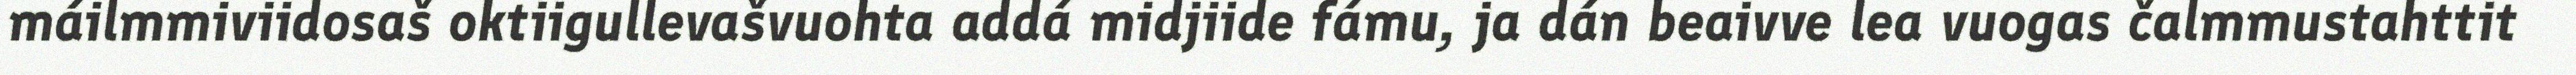
máilmmiviidosaš oktiigullevašvuohta addá midjiide fámu, ja dán beaivve lea vuogas čalmmustahttit